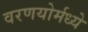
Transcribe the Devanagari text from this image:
वरणयोर्मध्ये